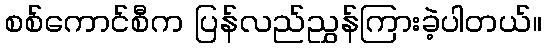
စစ်ကောင်စီက ပြန်လည်ညွှန်ကြားခဲ့ပါတယ်။